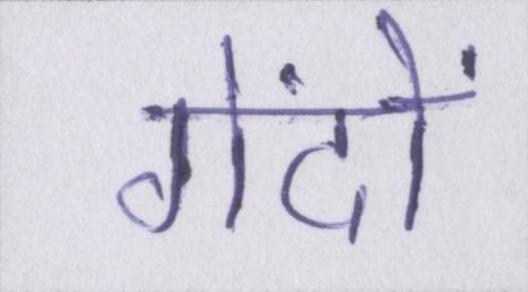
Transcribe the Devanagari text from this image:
गेंदों